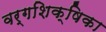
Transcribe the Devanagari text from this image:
वर्गशिक्षिका